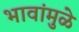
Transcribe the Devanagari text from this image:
भावांमुळे